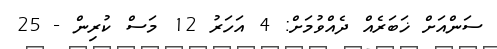
ސަންއަށް ޚަބަރެއް ދެއްވުމަށް: 4 އަހަރު 12 މަސް ކުރިން - 25